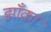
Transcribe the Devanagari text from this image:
झाँका